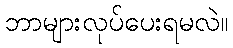
ဘာများလုပ်ပေးရမလဲ။